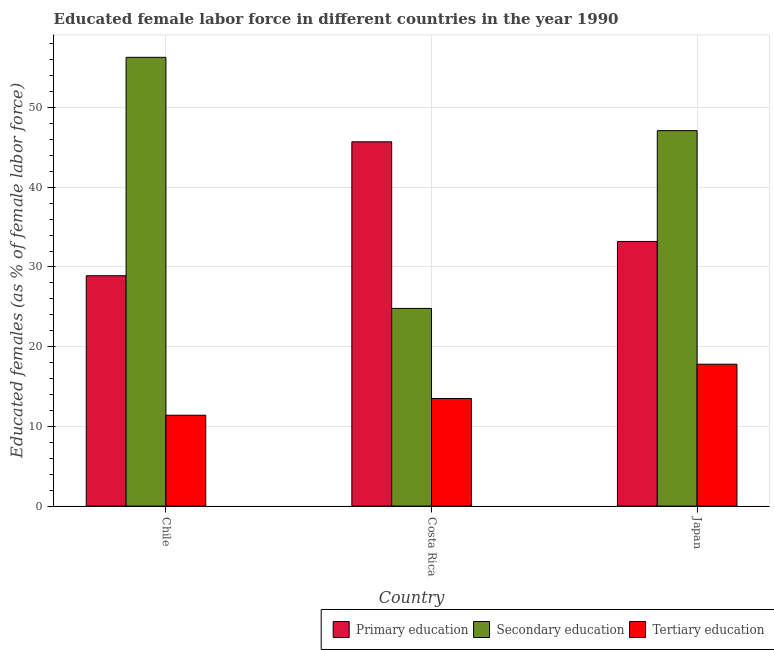
| Country | Primary education | Secondary education | Tertiary education |
 | --- | --- | --- | --- |
 | Chile | 28.9 | 56.3 | 11.4 |
 | Costa Rica | 45.7 | 24.8 | 13.5 |
 | Japan | 33.2 | 47.1 | 17.8 |